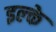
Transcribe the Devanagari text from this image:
इल्‍के